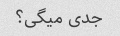
جدی میگی؟